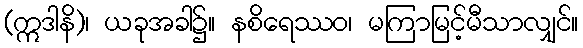
(ဣဒါနိ)၊ ယခုအခါ၌။ နစိရေဿဝ၊ မကြာမြင့်မီသာလျှင်။